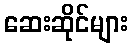
ဆေးဆိုင်များ